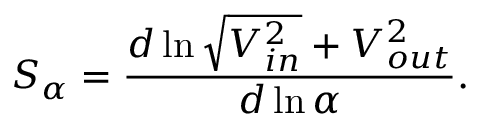
S _ { \alpha } = \frac { d \ln { \sqrt { V _ { i n } ^ { 2 } } + V _ { o u t } ^ { 2 } } } { d \ln { \alpha } } .